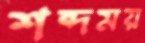
শব্দময়